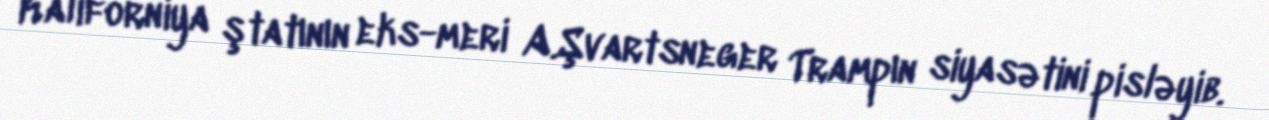
Kaliforniya ştatının eks-meri A.Şvartsneger Trampın siyasətini pisləyib.